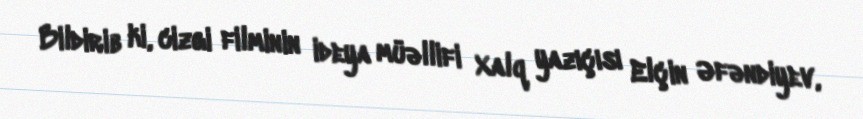
Bildirib ki, cizgi filminin ideya müəllifi Xalq yazıçısı Elçin Əfəndiyev,